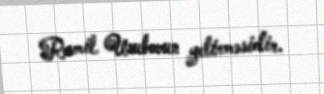
Ramil Usubovun yetirməsidir.